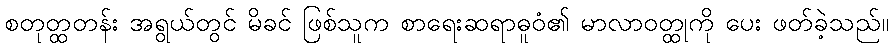
စတုတ္ထတန်း အရွယ်တွင် မိခင် ဖြစ်သူက စာရေးဆရာဓူဝံ၏ မာလာဝတ္ထုကို ပေး ဖတ်ခဲ့သည်။